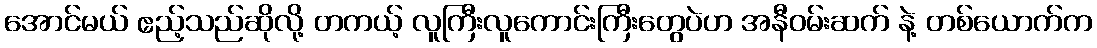
အောင်မယ် ဧည့်သည်ဆိုလို့ တကယ့် လူကြီးလူကောင်းကြီးတွေပဲဟ အနီဝမ်းဆက် နဲ့ တစ်ယောက်က